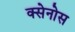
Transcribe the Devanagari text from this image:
क्सेनोस